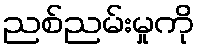
ညစ်ညမ်းမှုကို